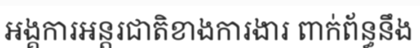
អង្គការអន្តរជាតិខាងការងារ ពាក់ព័ន្ធនឹង